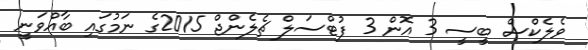
ވެލެކްސް ބީސީ 3 އޮން 3 ފުޓްސަލް ޗެލެންޖް 2015ގެ ނަމުގައި ބާއްވަނީ